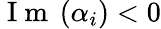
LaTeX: \mathrm{~I~m~}\left(\alpha_{i}\right)<0